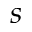
s